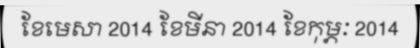
ខែមេសា 2014 ខែមីនា 2014 ខែកុម្ភៈ 2014